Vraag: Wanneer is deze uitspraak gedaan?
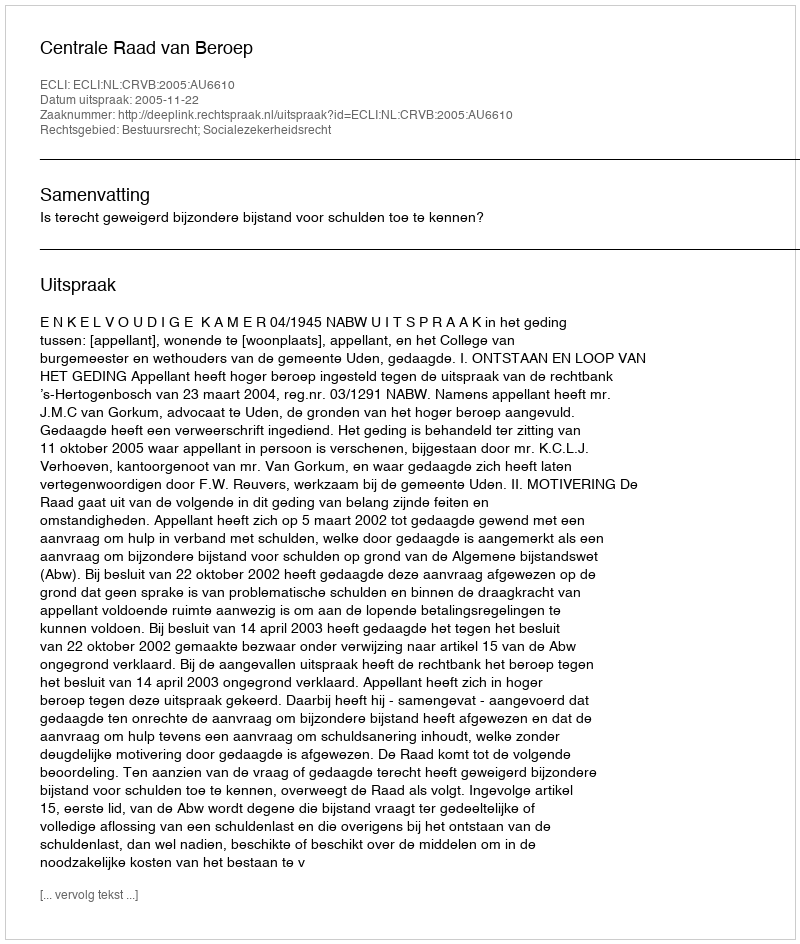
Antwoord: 2005-11-22